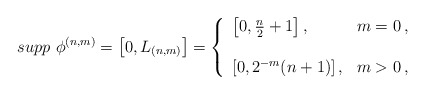
\begin{align*} supp \ \phi^{(n,m)}=\bigl [ 0, L_{(n,m)}\bigr]= \left \{ \begin{array}{ll}\left [0,\frac n 2 +1 \right], & m=0\,, \\ \\\left [0, 2^{-m}(n+1) \right], & m>0\,, \end{array} \right.\end{align*}